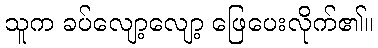
သူက ခပ်လျော့လျော့ ဖြေပေးလိုက်၏။